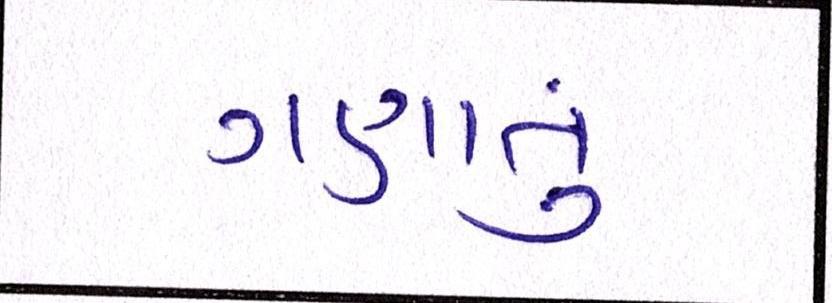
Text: ગણાતું